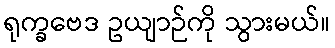
ရုက္ခဗေဒ ဥယျာဉ်ကို သွားမယ်။